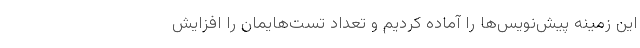
این زمینه پیش‌نویس‌ها را آماده کردیم و تعداد تست‌هایمان را افزایش